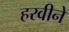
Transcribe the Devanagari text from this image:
हरवीने